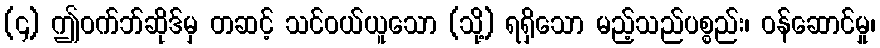
(၄) ဤဝက်ဘ်ဆိုဒ်မှ တဆင့် သင်ဝယ်ယူသော (သို့) ရရှိသော မည့်သည်ပစ္စည်း၊ ဝန်ဆောင်မှု၊